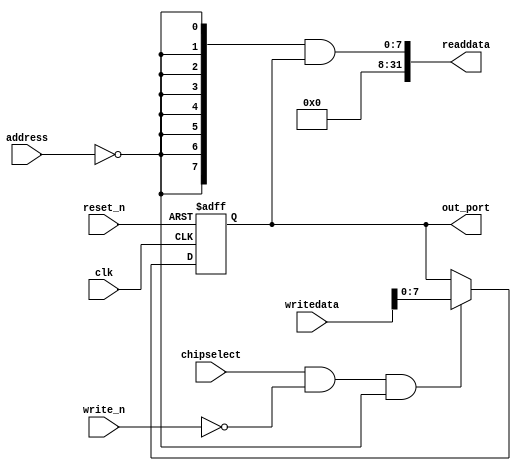
module nios_system_LEDG (
                          // inputs:
                           address,
                           chipselect,
                           clk,
                           reset_n,
                           write_n,
                           writedata,

                          // outputs:
                           out_port,
                           readdata
                        )
;

  output  [  7: 0] out_port;
  output  [ 31: 0] readdata;
  input   [  1: 0] address;
  input            chipselect;
  input            clk;
  input            reset_n;
  input            write_n;
  input   [ 31: 0] writedata;

  wire             clk_en;
  reg     [  7: 0] data_out;
  wire    [  7: 0] out_port;
  wire    [  7: 0] read_mux_out;
  wire    [ 31: 0] readdata;
  assign clk_en = 1;
  //s1, which is an e_avalon_slave
  assign read_mux_out = {8 {(address == 0)}} & data_out;
  always @(posedge clk or negedge reset_n)
    begin
      if (reset_n == 0)
          data_out <= 0;
      else if (chipselect && ~write_n && (address == 0))
          data_out <= writedata[7 : 0];
    end


  assign readdata = {{{32- 8}{1'b0}},read_mux_out};
  assign out_port = data_out;

endmodule